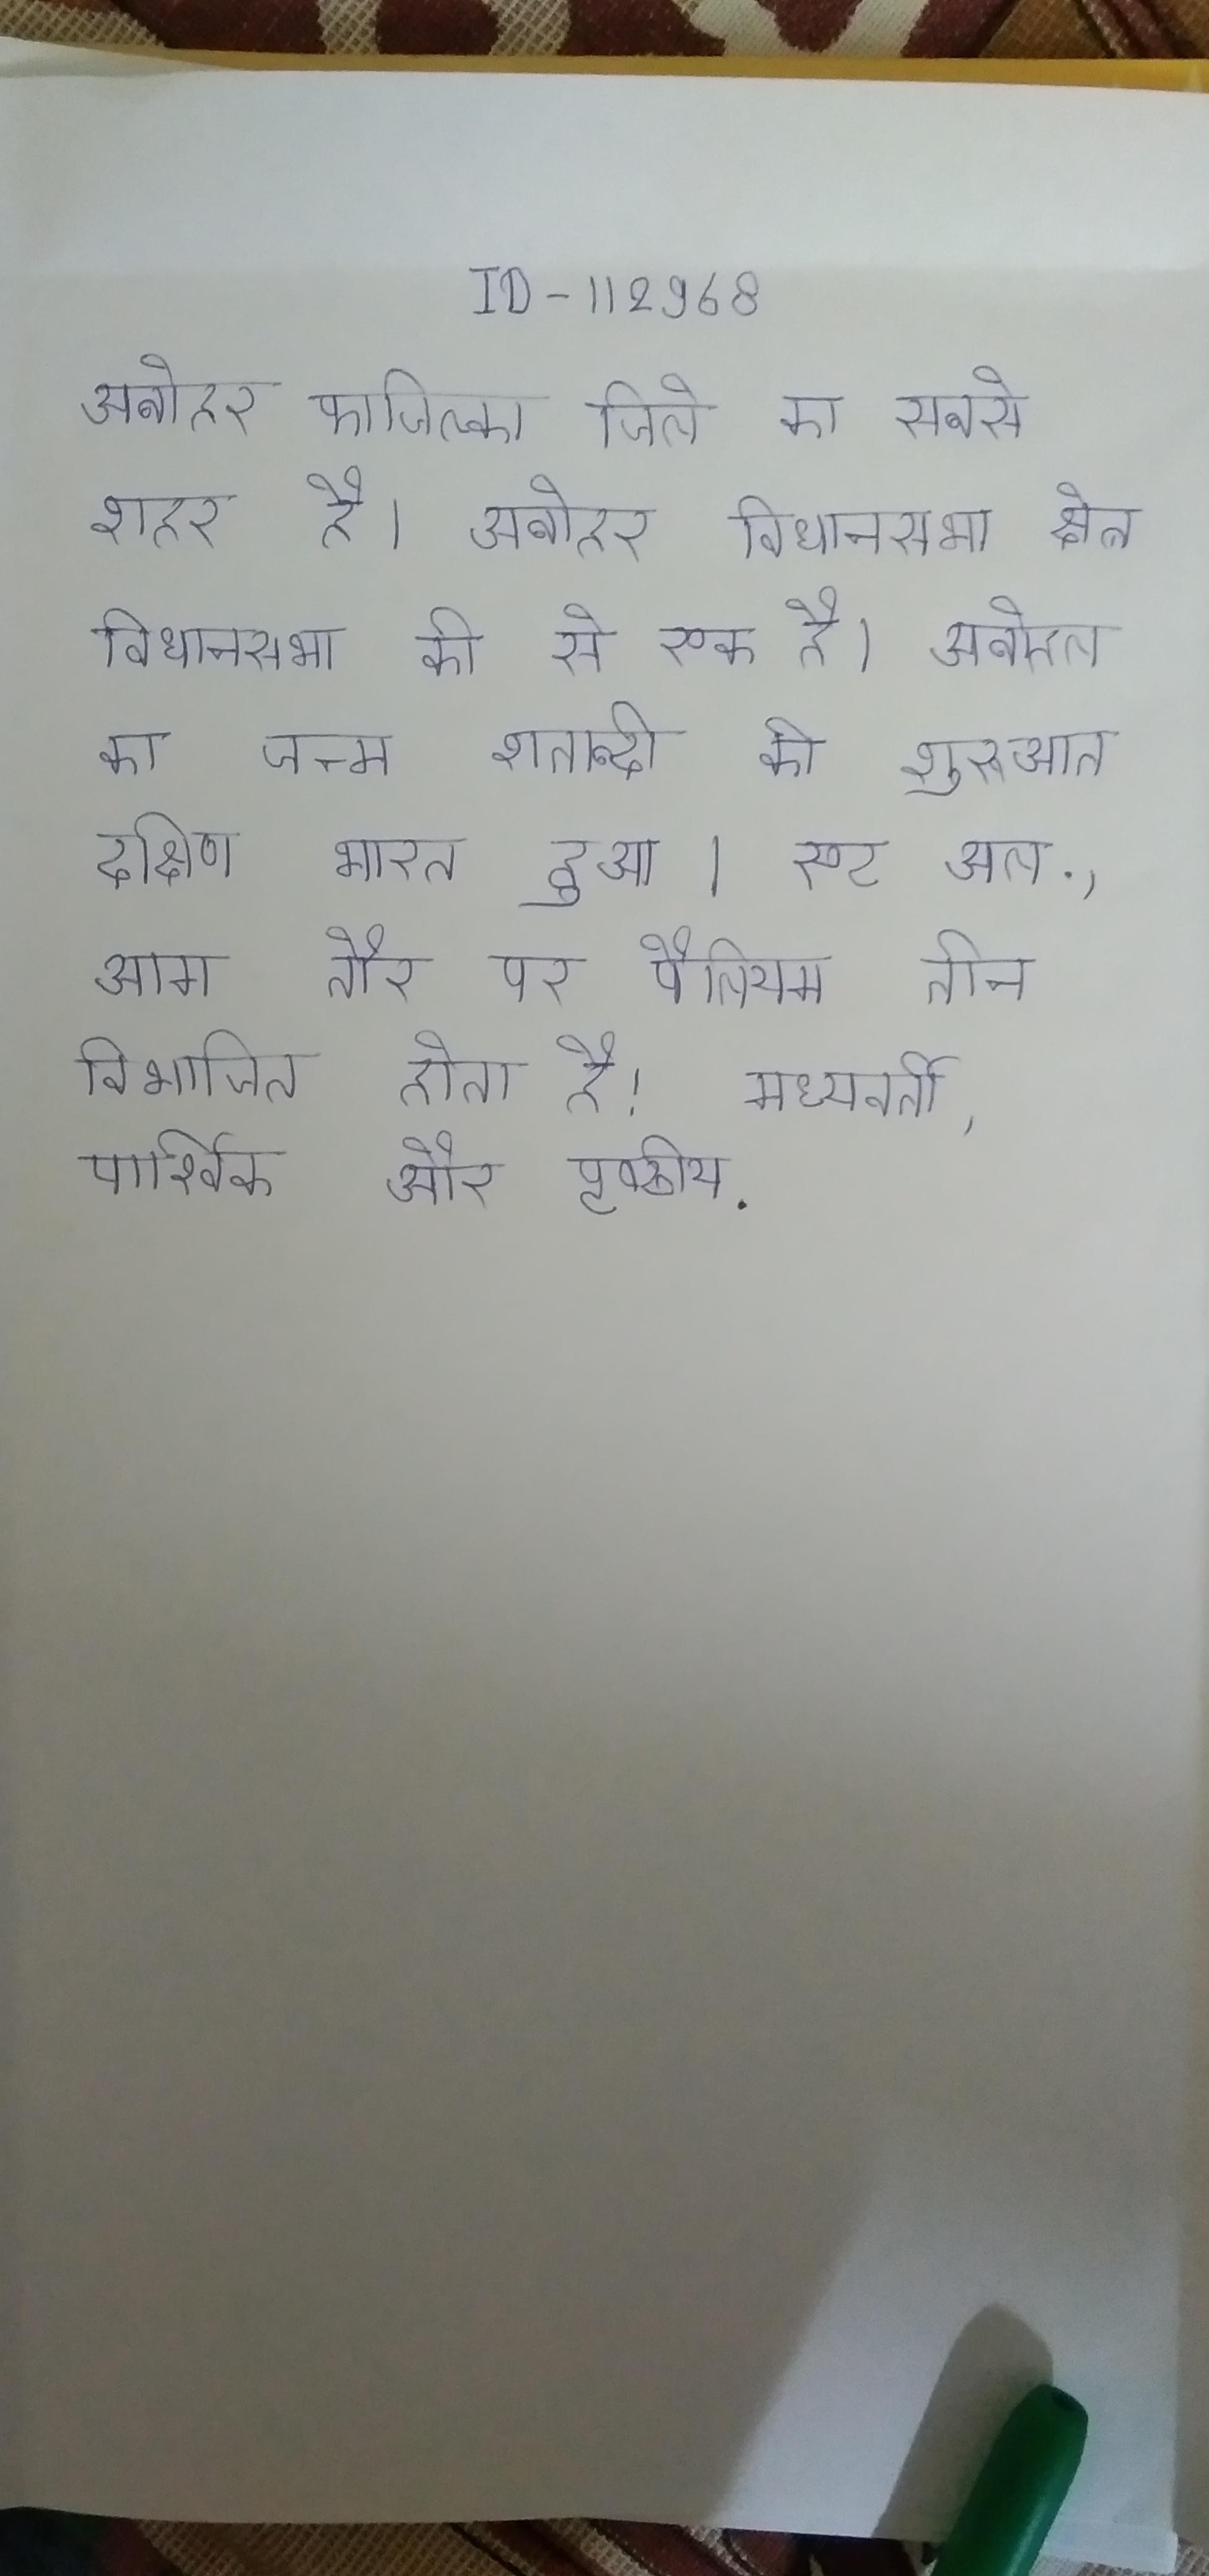
अबोहर फाजिल्का जिले का सबसे शहर है । अबोहर विधानसभा क्षेत्र विधानसभा की से एक है । अबोहल का जन्म शताब्दी की शुरुआत दक्षिण भारत हुआ । एट अल., आम तौर पर पैलियम तीन विभाजित होता है: मध्यवर्ती, पार्श्विक और पृष्ठीय .